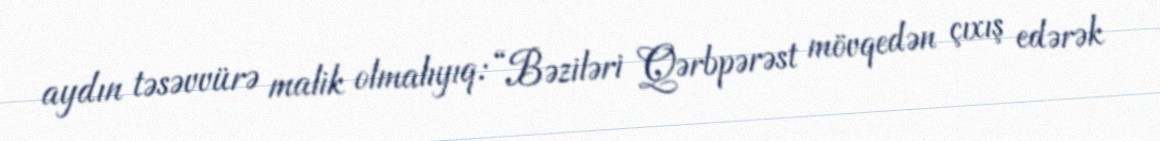
aydın təsəvvürə malik olmalıyıq: “Bəziləri Qərbpərəst mövqedən çıxış edərək